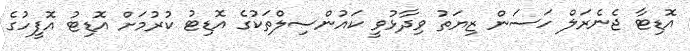
އޮޑިޓާ ޖެނެރަލް ހަސަން ޒިޔަތު ވިދާޅުވީ ކައުންސިލްތަކުގެ އޮޑިޓު ކުރުމަށް އޮޑިޓު އޮފީހުގެ